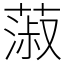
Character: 蔋